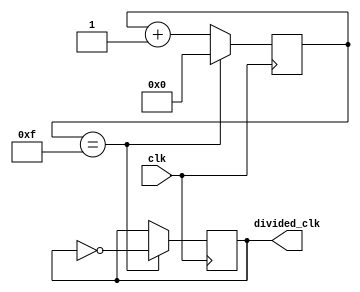
module Johnson_counter_clock_divider (
    input wire clk,
    output reg divided_clk
);

reg [3:0] count;

always @(posedge clk) begin
    if(count == 4'b1111) begin
        count <= 4'b0000;
        divided_clk <= ~divided_clk; // Toggle output every time counter reaches its maximum value
    end
    else begin
        count <= count + 4'b0001;
    end
end

endmodule